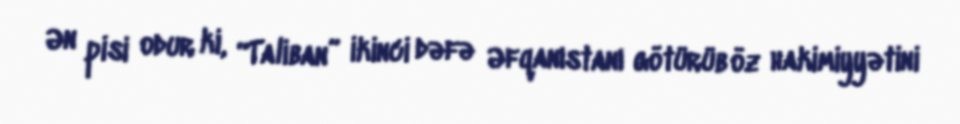
Ən pisi odur ki, “Taliban” ikinci dəfə Əfqanıstanı götürüb öz hakimiyyətini